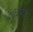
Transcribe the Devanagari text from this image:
४६व्यांदा